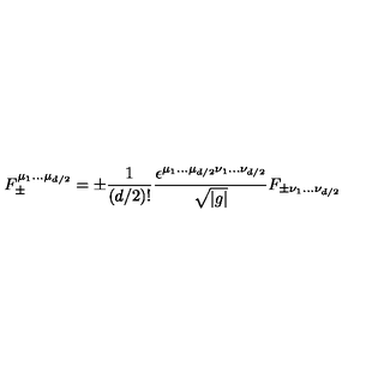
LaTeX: F _ { \pm } ^ { \mu _ { 1 } \ldots \mu _ { d / 2 } } = \pm \frac { 1 } { ( d / 2 ) ! } \frac { \epsilon ^ { \mu _ { 1 } \ldots \mu _ { d / 2 } \nu _ { 1 } \ldots \nu _ { d / 2 } } } { \sqrt { | g | } } F _ { \pm \nu _ { 1 } \ldots \nu _ { d / 2 } }